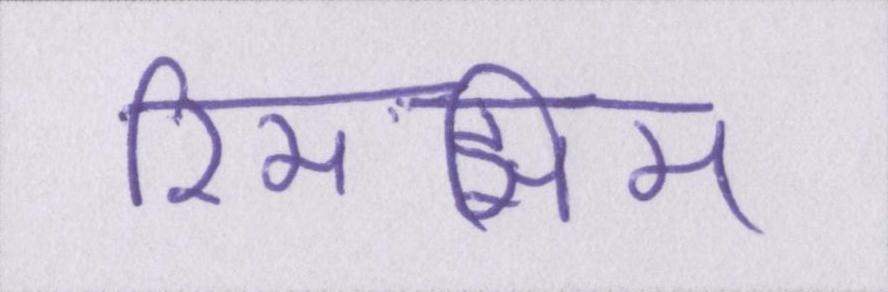
रिमझिम